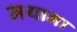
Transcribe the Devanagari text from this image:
मथाना